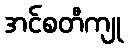
အင်စတီကျု